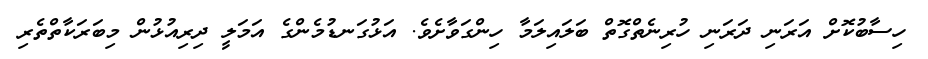
ހިސާބުކޮށް އަރަނި ދަރަނި ހުރިނެތްގޮތް ބަލައިލަމާ ހިންގަވާށެވެ. އަޅުގަނޑުމެންގެ އަމަލީ ދިރިއުޅުން މިބަރަކާތްތެރި